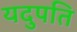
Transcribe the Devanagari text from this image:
यदुपति